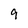
Character: 9